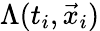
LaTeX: \Lambda(t_{i},\vec{x}_{i})